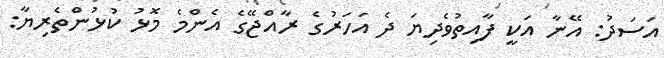
އަސަދު: އޭނާ އަކީ ފާއިތުވެދިޔަ ދެ އަހަރުގެ ރާއްޖޭގެ އެންމެ މޮޅު ކުޅުންތެރިޔާ: